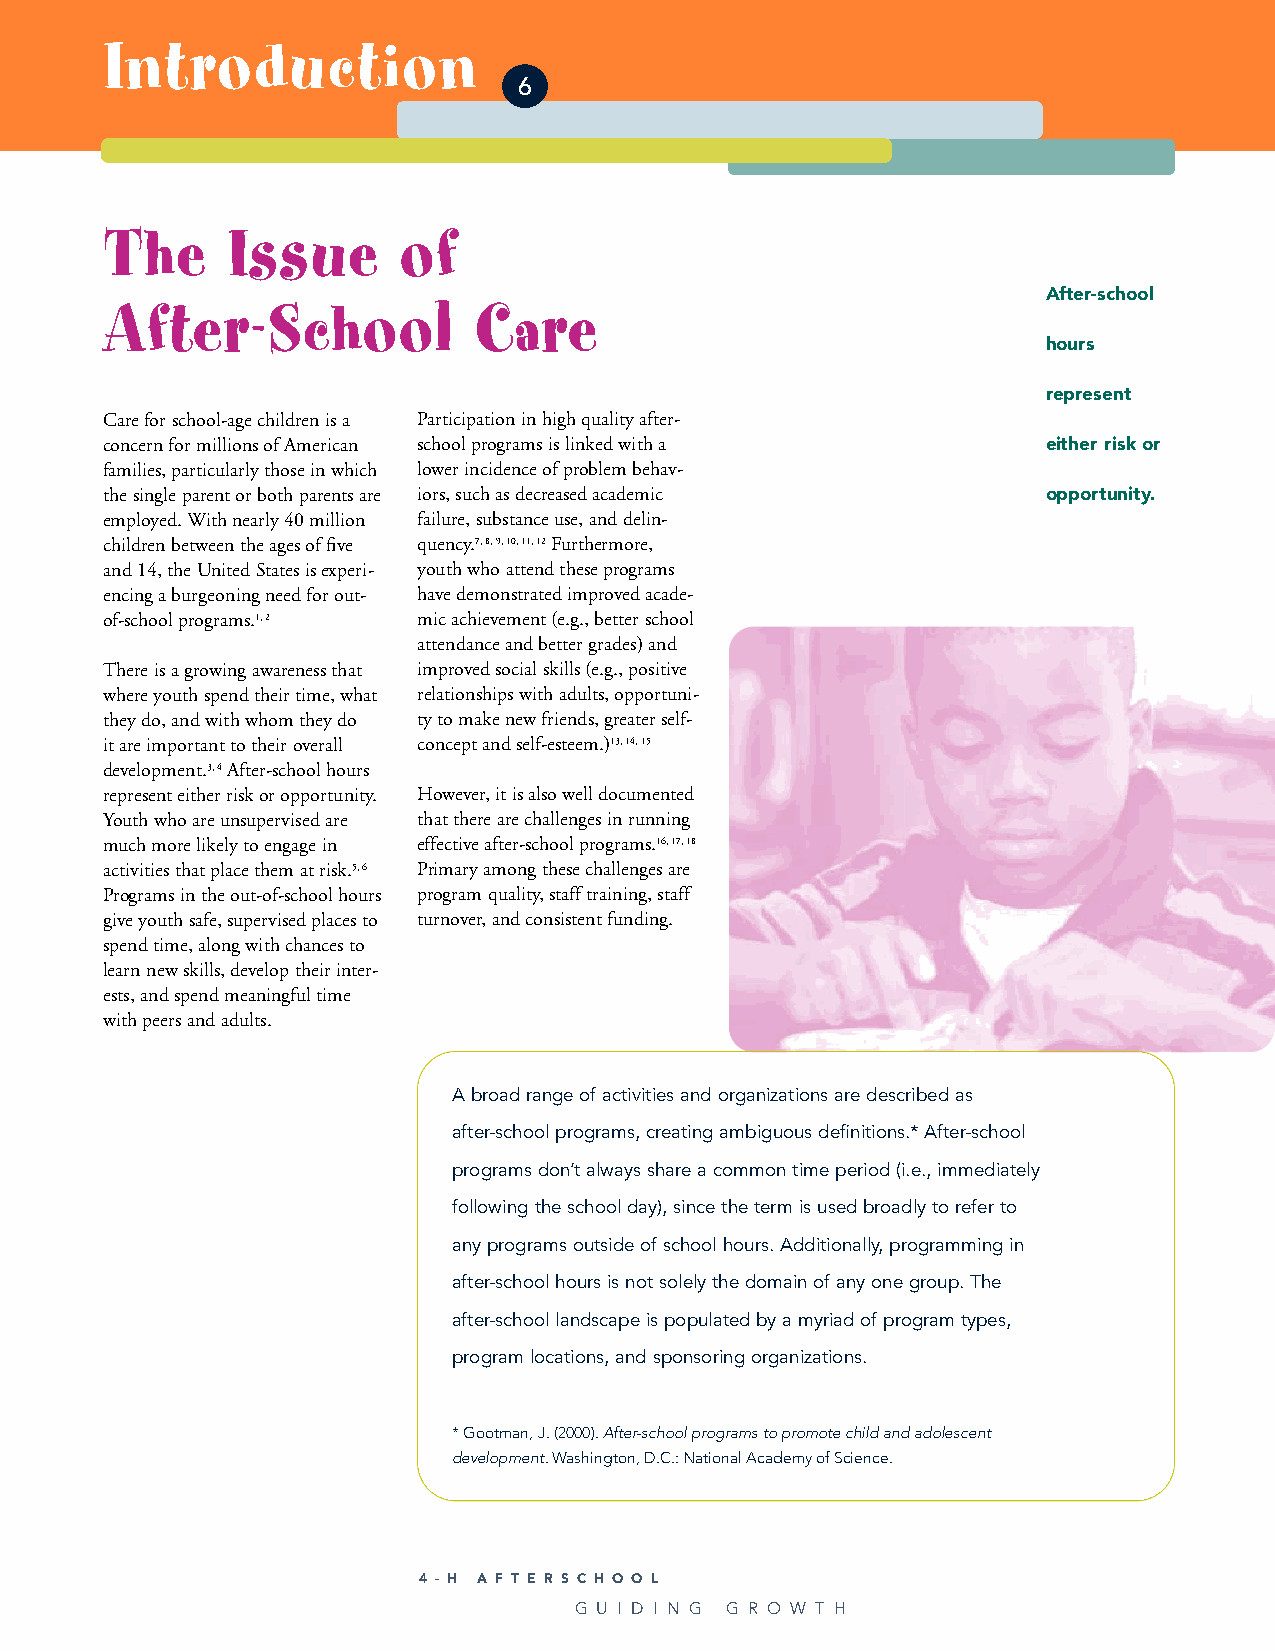
Introduction
 6
 The     Issue      of
 After-school
 After-School            Care
 hours
 represent
 Care for school-age children is a Participation in high quality after-
 concern for millions of American school programs is linked with a either risk or
 families, particularly those in which lower incidence of problem behav-
 the single parent or both parents are iors, such as decreased academic opportunity.
 employed. With nearly 40 million failure, substance use, and delin-
 children between the ages of five quency.7, 8, 9, 10, 11, 12Furthermore,
 and 14, the United States is experi- youth who attend these programs
 encing a burgeoning need for out- have demonstrated improved acade-
 of-school programs.1, 2 mic achievement (e.g., better school
 attendance and better grades) and
 There is a growing awareness that improved social skills (e.g., positive
 where youth spend their time, what relationships with adults, opportuni-
 they do, and with whom they do ty to make new friends, greater self-
 it are important to their overall concept and self-esteem.)13, 14, 15
 development.3, 4After-school hours
 represent either risk or opportunity. However, it is also well documented
 Youth who are unsupervised are that there are challenges in running
 much more likely to engage in effective after-school programs.16, 17, 18
 activities that place them at risk.5, 6 Primary among these challenges are
 Programs in the out-of-school hours program quality, staff training, staff
 give youth safe, supervised places to turnover, and consistent funding.
 spend time, along with chances to
 learn new skills, develop their inter-
 ests, and spend meaningful time
 with peers and adults.
 A broad range of activities and organizations are described as
 after-school programs, creating ambiguous definitions.* After-school
 programs don’t always share a common time period (i.e., immediately
 following the school day), since the term is used broadly to refer to
 any programs outside of school hours. Additionally, programming in
 after-school hours is not solely the domain of any one group. The
 after-school landscape is populated by a myriad of program types,
 program locations, and sponsoring organizations.
 * Gootman, J. (2000).After-school programs to promote child and adolescent
 development. Washington, D.C.: National Academy of Science.
 4 - H A F T E R S C H O O L
 G U I D I N G G R O W T H